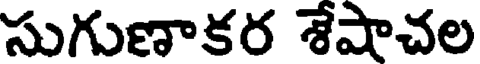
సుగుణాకర శేషాచల